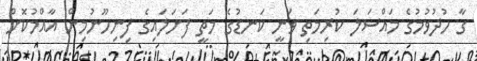
ގާ ހުދުވުމުގެ މައްސަލަ ކުރިމަތި ވަނީ ކަނޑުގެ މަތީ ފަށަލައިގެ ފިނިހޫނުމިން އާއްމުކޮށް